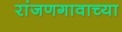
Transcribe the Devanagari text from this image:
रांजणगावाच्या